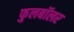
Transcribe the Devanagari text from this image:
फुलबॉलर